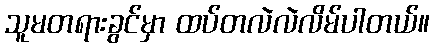
သူမတရားခွင်မှာ ထပ်တလဲလဲလိမ်ပါတယ်။